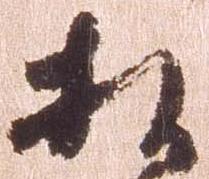
相